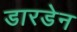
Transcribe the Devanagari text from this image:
डारडेन